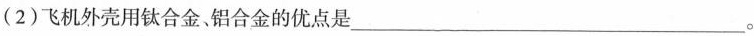
(2)飞机外壳用钛合金，铝合金的优点是___。